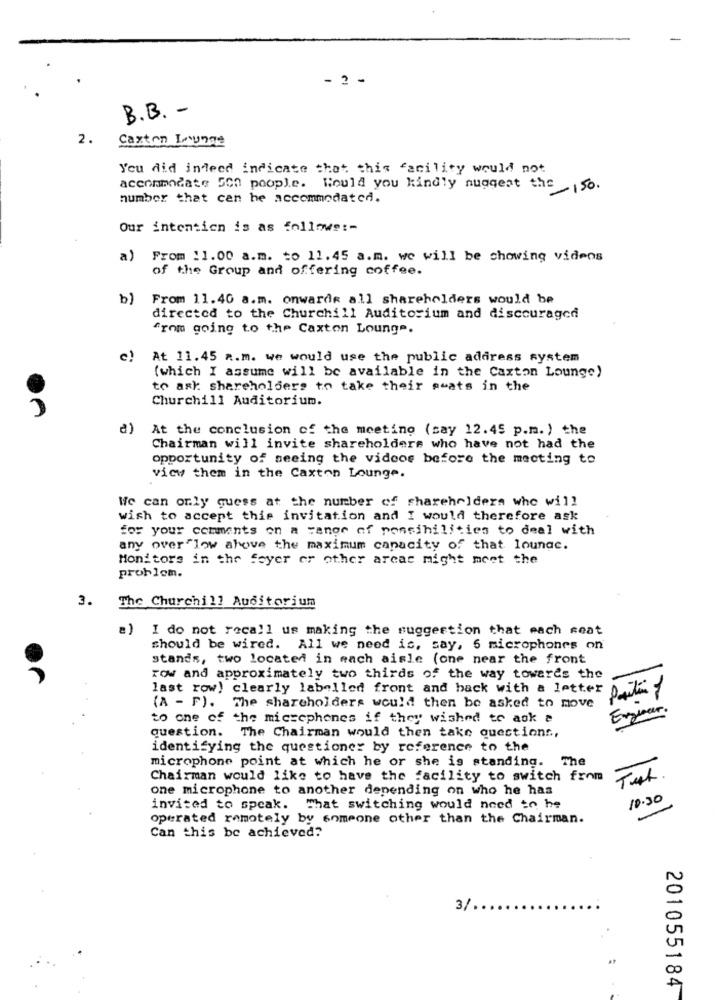
- 2 -
B.B. -
2.
Caxton Lounge
You did indeed indicate that this facility would not
accommodate 500 poople. Could you kindly nuggeat the
-150.
number that can he accommodated.
Our intention is as follows :-
a) From :1.00 a.m. to 11.45 a.m. we will be showing videos
of the Group and offering coffee.
b)
From 11.40 a.m. onwards all shareholders would be
directed to the Churchill Auditorium and discouraged
from going to the Caxton Lounge.
At 11.45 a.m. we would use the public address system
(which I assume will be available in the Caxton Lounge)
to ask shareholders to take their seats in the
Churchill Auditorium.
₫)
At the conclusion of the meeting (say 12.45 p.m. ) the
Chairman will invite shareholders who have not had the
opportunity of seeing the videos before the mecting to
view them in the Caxton Lounge.
We can only guess at the number of shareholders who will
wish to accept this invitation and I would therefore ask
for your comments on a range of possibilities to deal with
any overFlow above the maximum capacity of that lounge.
Monitors in the Seyer or other areas might meet the
problem.
3.
The Churchill Auditorium
I do not recall us making the suggestion that each seat
should be wired. All we need is, say, 6 microphones on
stands, two located in mach aisle (one near the front
row and approximately two thirds of the way toweres the
last row) clearly labelled front and back with a letter
(A - F). The shareholders would then be asked to move
Exponer.
to one of the microphones if they wished to ask a
question. The Chairman would then take questions,
identifying the questioner by reference to the
microphone point at which he or she is standing. The
Chairman would like to have the facility to switch from
Tut.
one microphone to another depending on who he has
10:30
invited to speak. What switching would need to he
operated remotely by someone other than the Chairman.
Can this be achieved?
3%
201055184